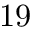
1 9